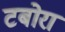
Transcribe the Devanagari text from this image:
टबोरा